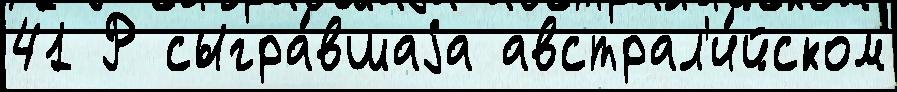
41 Р сыгра́вшаjа австрал'и́йском